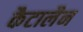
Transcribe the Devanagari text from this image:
कैटालैन